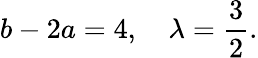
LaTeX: b-2a=4,\quad\lambda=\frac{3}{2}.